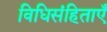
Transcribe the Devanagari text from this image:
विधिसंहिताएँ